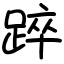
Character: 踤